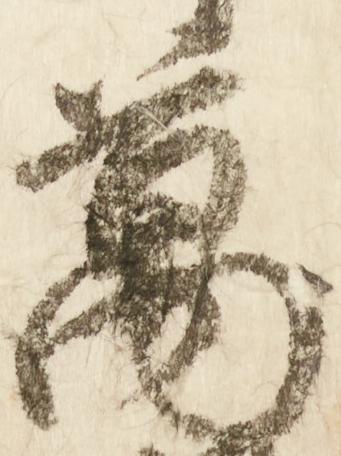
万